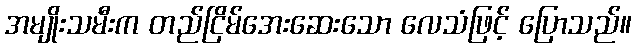
အမျိုးသမီးက တည်ငြိမ်အေးဆေးသော လေသံဖြင့် ပြောသည်။